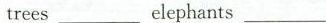
trees___clephants___